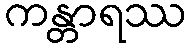
ကန္တာရဿ